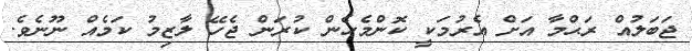
ޖަބަލުއް ރަޙްމާ އަށް އެރުމަކީ ކޮންމެހެން ކުރަން ޖެހޭ ލާޒިމު ކަމެއް ނޫނެވެ.